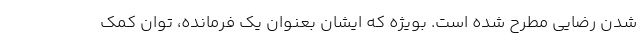
شدن رضایی مطرح شده است. بویژه که ایشان بعنوان یک فرمانده، توان کمک